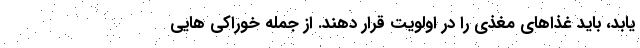
یابد، باید غذاهای مغذی را در اولویت قرار دهند. از جمله خوراکی هایی